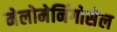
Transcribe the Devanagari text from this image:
मेलोमेनिंगोसेल